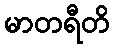
မာတရီတိ